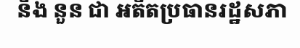
នឹង នួន ជា អតីតប្រធានរដ្ឋសភា